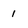
Character: 1